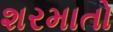
શરમાતો